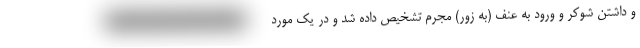
و داشتن شوکر و ورود به عنف (به زور) مجرم تشخیص داده شد و در یک مورد